Insane asylums in Bengal annual reports 1876-1887 - 1876-1887
Year: 1876
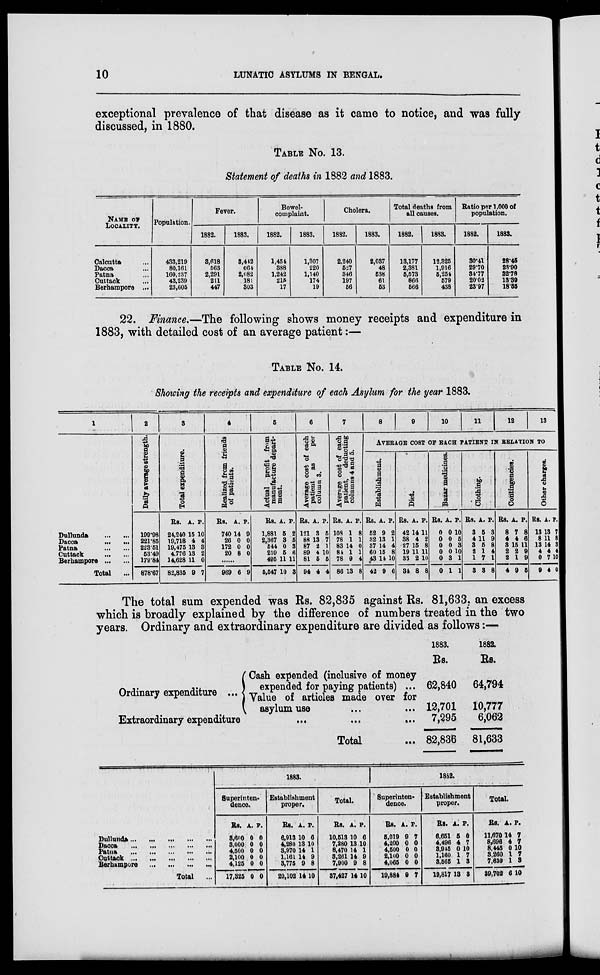
10
LUNATIC ASYLUMS IN BENGAL.
exceptional prevalence of that disease as it came to notice, and was fully
discussed, in 1880.
TABLE No. 13.
Statement of deaths in 1882 and 1883.
NAME OF
LOCALITY.
Calcutta ...
Dacca ...
Patna ...
Cuttack ...
Berhampore
...
Population.
433,219
80,161
160,237
43,239
23,605
Fever.
1882.
3,618
563
2,291
211
447
1883.
3,442
664
2,082
181
303
Bowel¬
complaint.
1882.
1,454
388
1,242
215
17
1883.
1,307
220
1,140
174
19
Cholera.
1832.
2,240
527
346
197
56
1883.
2,037
48
538
61
53
Total deaths from
all causes.
1882.
13,177
2,381
5,573
866
566
1883.
12,325
1,916
5,254
579
438
Ratio per 1,000 of
population.
1882.
30.41
29.70
34.77
20.02
23.97
1883.
28.45
23.90
32.78
13.39
18.55
22. Finance.—The following shows money receipts and expenditure in
1883, with detailed cost of an average patient:—
TABLE No. 14.
Showing the receipts and expenditure of each Asylum for the year 1883.
1
Dullunda
...
...
Dacca
...
...
Patna
...
...
Cuttack
...
...
Berhampore
...
...
Total ...
2
Daily average strength.
199.98
221.85
223.51
53.49
179.84
878.67
3
Total expenditure.
Rs.
24,240
19,716
19,475
4,776
14,628
82,835
A.
15
4
13
13
11
9
P.
10
4
3
2
0
7
4
Realized from friends
of patients.
Rs.
740
26
172
20
A.
14
0
0
8
P.
9
0
0
0
......
969 6 9
5
Actual profit from
manufacture depart-
ment.
Rs.
1,881
2,367
544
259
495
5,547
A.
5
3
0
5
11
10
P.
2
5
3
6
11
8
6
Average cost of each
patient as
per
column 3.
Rs.
121
88
87
89
81
94
A.
3
13
2
4
5
4
P.
5
7
1
10
5
4
7
Average cost of each
patient, deducting
columns 4 and 5.
Rs.
108
78
83
84
78
86
A.
1
1
14
1
9
13
P.
8
1
0
1
4
8
8
9
10
11
12
13
AVERAGE COST OF EACH PATIENT IN RELATION TO
Establishment.
Rs.
52
32
37
60
43
42
A.
9
13
14
15
14
9
P.
2
1
4
8
10
6
Diet.
Rs.
42
38
27
19
33
34
A.
14
4
15
11
2
8
P.
11
2
8
11
10
8
Bazar medicines.
Rs.
0
0
0
0
0
0
A.
0
0
0
0
3
1
P.
10
5
3
10
1
1
Clothing.
Rs.
3
4
3
2
1
3
A.
5
11
5
1
7
3
P.
3
9
8
4
1
8
Contingencies.
Rs.
8
4
3
2
2
4
A.
7
4
15
2
1
9
P.
8
6
11
9
9
5
Other charges.
Rs.
13
8
13
4
0
9
A.
13
11
14
4
7
4
P.
7
8
3
4
10
0
The total sum expended was Rs. 82,835 against Rs. 81,633, an excess
which is broadly explained by the difference of numbers treated in the two
years. Ordinary and extraordinary expenditure are divided as follows:—
Ordinary expenditure ...
Cash expended (inclusive of money
expended for paying patients) ...
Value of articles made over for
asylum use ... ...
Extraordinary expenditure ... ... ...
Total ...
1883.
Rs.
62,840
12,701
7,295
82,836
1882.
Rs.
64,794
10,777
6,062
81,633
Dullunda
...
...
...
...
...
Dacca
...
...
...
...
...
Patna
...
...
...
...
...
Cattack
...
...
...
...
...
Berhampore
...
...
...
...
Total
...
1883.
Superinten-
dence.
Rs.
3,600
3,000
4,500
2,100
4,125
17,325
A.
0
0
0
0
0
0
P.
0
0
0
0
0
0
Establishment
proper.
Rs.
6,913
4,280
3,970
1,161
3,775
20,102
A.
10
13
14
14
9
14
P.
6
10
1
9
8
10
Total.
Rs.
10,513
7,280
8,470
3,261
7,900
37,427
A.
10
13
14
14
9
14
P.
6
10
1
9
8
10
1882.
Superinten-
dence.
Rs.
5,019
4,200
4,500
2,100
4,065
19,884
A.
9
0
0
0
0
9
P.
7
0
0
0
0
7
Establishment
proper.
Rs.
6,651
4,496
3,945
1,160
3,565
19,817
A.
5
4
0
1
1
13
P.
0
7
10
7
3
3
Total.
Rs.
11,670
8,696
8,445
3,260
7,630
39,702
A.
14
4
0
1
1
6
P.
7
7
10
7
3
10